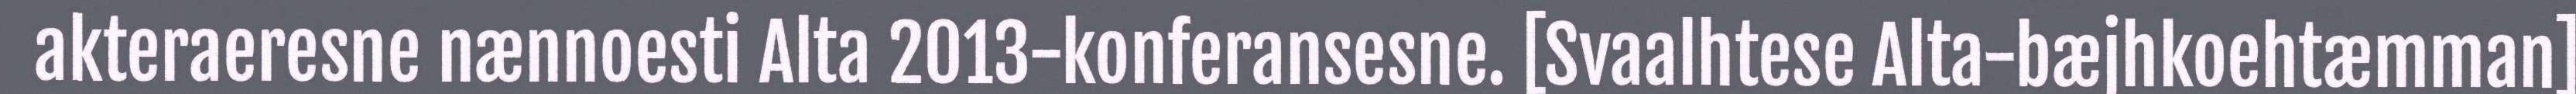
akteraeresne nænnoesti Alta 2013-konferansesne. [Svaalhtese Alta-bæjhkoehtæmman]